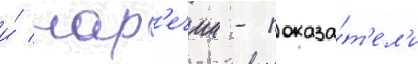
и́ нар'ечии - показа́т'ел'и